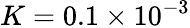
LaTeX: K=0.1\times 10^{-3}